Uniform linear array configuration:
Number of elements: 48
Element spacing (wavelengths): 0.75
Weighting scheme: hamming
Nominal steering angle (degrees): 0
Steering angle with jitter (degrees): -1.724
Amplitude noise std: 0.05
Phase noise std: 0.05

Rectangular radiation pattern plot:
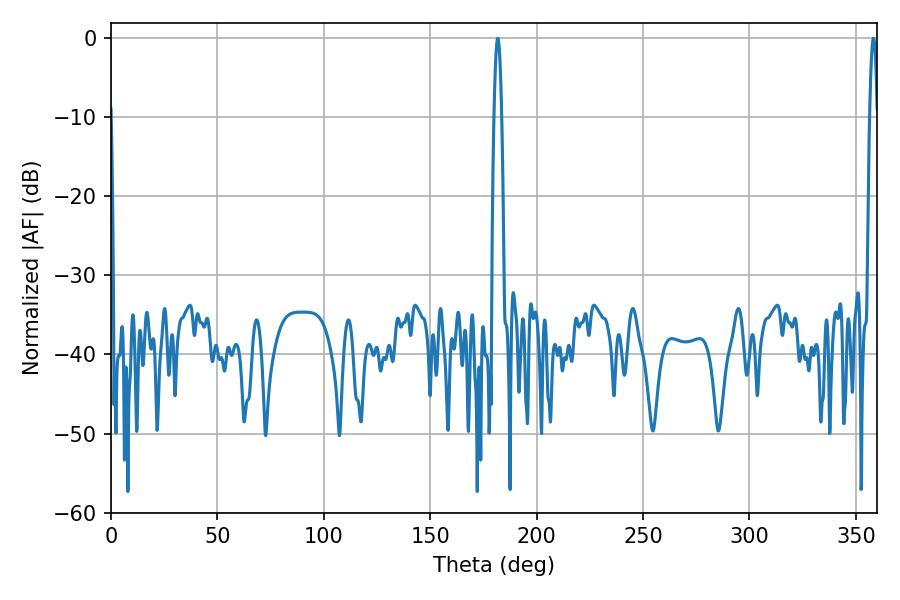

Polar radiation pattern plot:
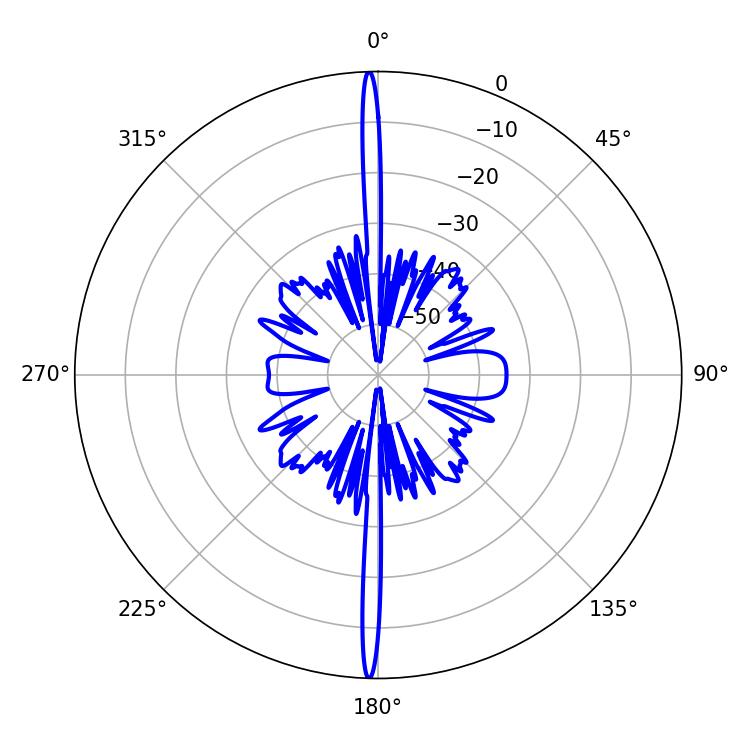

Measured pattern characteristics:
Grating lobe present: TRUE
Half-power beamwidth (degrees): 1.98
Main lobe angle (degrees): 358.2